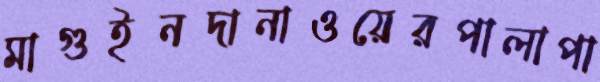
মাগুইনদানাওয়েরপালাপা